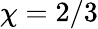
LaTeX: \chi=2/3